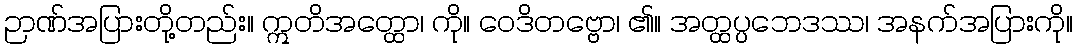
ဉာဏ်အပြားတို့တည်း။ ဣတိအတ္ထော၊ ကို။ ဝေဒိတဗ္ဗော၊ ၏။ အတ္ထပ္ပဘေဒဿ၊ အနက်အပြားကို။